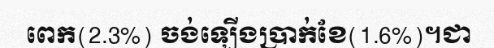
ពេក(2.3%) ចង់ឡើងប្រាក់ខែ(1.6%)។ជា